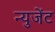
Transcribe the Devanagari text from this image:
न्युजेंट